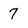
Character: 7